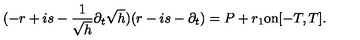
( - r + i s - \frac { 1 } { \sqrt { h } } \partial _ { t } \sqrt { h } ) ( r - i s - \partial _ { t } ) = P + r _ { 1 } \mathrm { o n } [ - T , T ] .